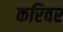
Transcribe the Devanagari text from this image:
करिवर